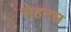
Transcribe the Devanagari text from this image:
सेहनस्र